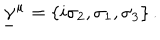
\underline { { { \gamma } } } ^ { \mu } = \{ i \sigma _ { 2 } , \sigma _ { 1 } , \sigma _ { 3 } \} \, .